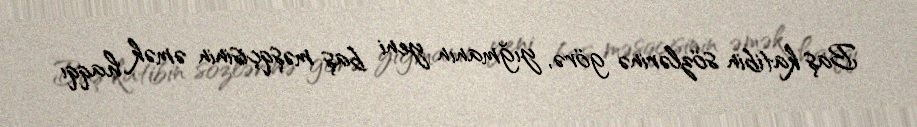
Baş katibin sözlərinə görə, yığmanın yeni baş məşqçisinin əmək haqqı